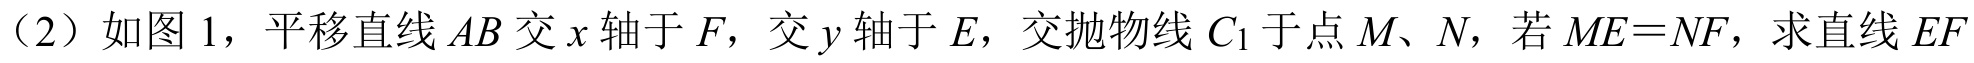
（2）如图 1，平移直线 \(AB\) 交 \(x\) 轴于 \(F\)，交 \(y\) 轴于 \(E\)，交抛物线 \(C_{1}\) 于点 \(M\)、\(N\)，若 \(ME = NF\)，求直线 \(EF\)